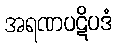
အရဏပဋိပဒံ